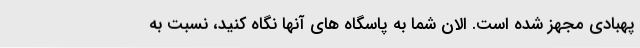
پهبادی مجهز شده است. الان شما به پاسگاه های آنها نگاه کنید، نسبت به